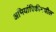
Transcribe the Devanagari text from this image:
अभियांत्रिकीमधील